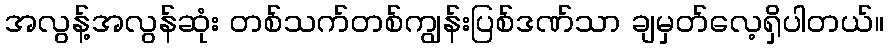
အလွန့်အလွန်ဆုံး တစ်သက်တစ်ကျွန်းပြစ်ဒဏ်သာ ချမှတ်လေ့ရှိပါတယ်။